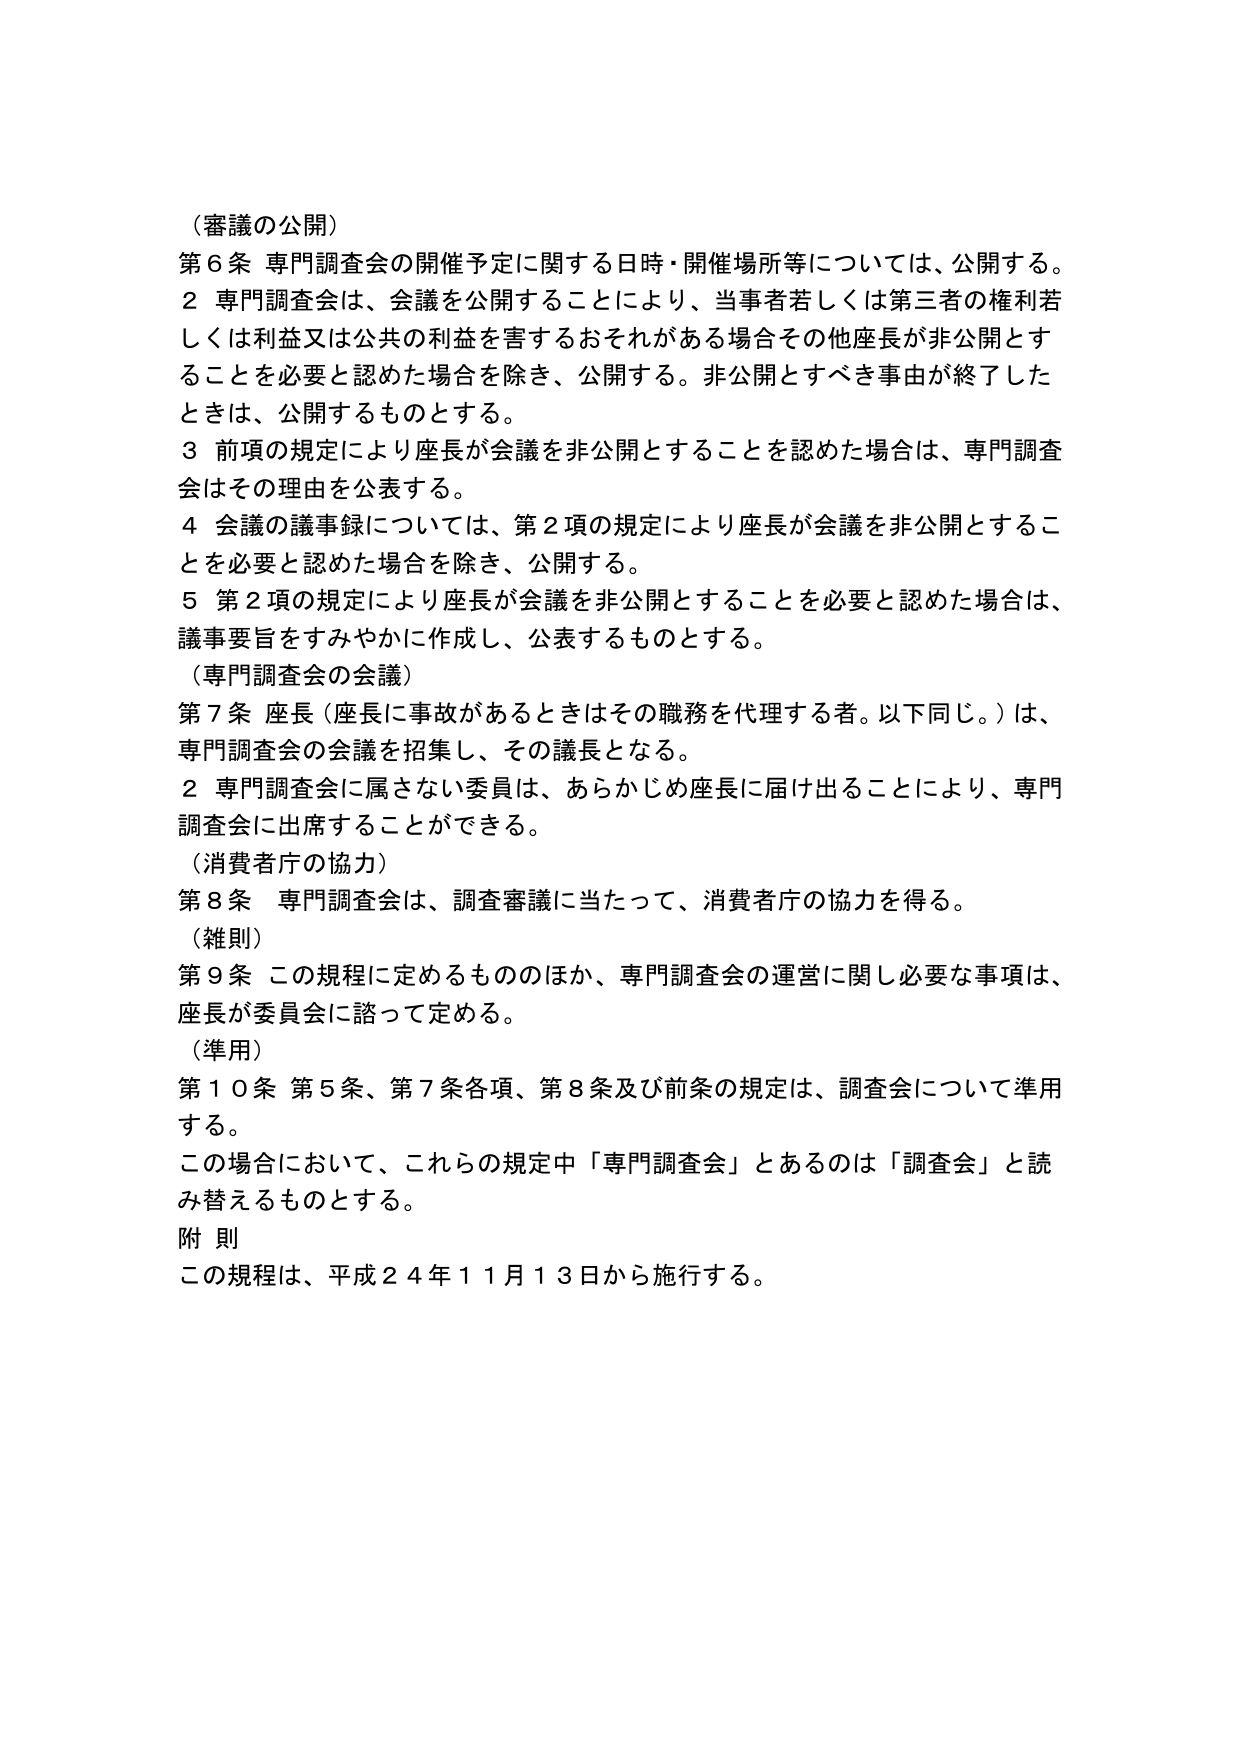
（審議の公開）
第６条 専門調査会の開催予定に関する日時・開催場所等については、公開する。
２ 専門調査会は、会議を公開することにより、当事者若しくは第三者の権利若しくは利益又は公共の利益を害するおそれがある場合その他座長が非公開とすることを必要と認めた場合を除き、公開する。非公開とすべき事由が終了したときは、公開するものとする。
３ 前項の規定により座長が会議を非公開とすることを認めた場合は、専門調査会はその理由を公表する。
４ 会議の議事録については、第２項の規定により座長が会議を非公開とすることを必要と認めた場合を除き、公開する。
５ 第２項の規定により座長が会議を非公開とすることを必要と認めた場合は、議事要旨をすみやかに作成し、公表するものとする。

（専門調査会の会議）
第７条 座長（座長に事故があるときはその職務を代理する者。以下同じ。）は、専門調査会の会議を招集し、その議長となる。
２ 専門調査会に属さない委員は、あらかじめ座長に届け出ることにより、専門調査会に出席することができる。

（消費者庁の協力）
第８条 専門調査会は、調査審議に当たって、消費者庁の協力を得る。

（雑則）
第９条 この規程に定めるもののほか、専門調査会の運営に関し必要な事項は、座長が委員会に諮って定める。

（準用）
第１０条 第５条、第７条各項、第８条及び前条の規定は、調査会について準用する。
この場合において、これら の規定中「専門調査会」とあるのは「調査会」と読み替えるものとする。

附 則
この規程は、平成２４年１１月１３日から施行する。